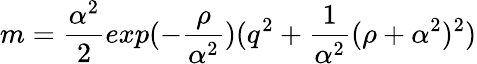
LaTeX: m={\frac{\alpha^{2}}{2}}exp(-{\frac{\rho}{\alpha^{2}}})(q^{2}+{\frac{1}{\alpha^{2}}}(\rho+{\alpha^{2}})^{2})